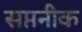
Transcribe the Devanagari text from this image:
सप्तनीक